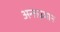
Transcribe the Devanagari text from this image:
अन्तज्र्ञान